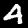
Label: 4